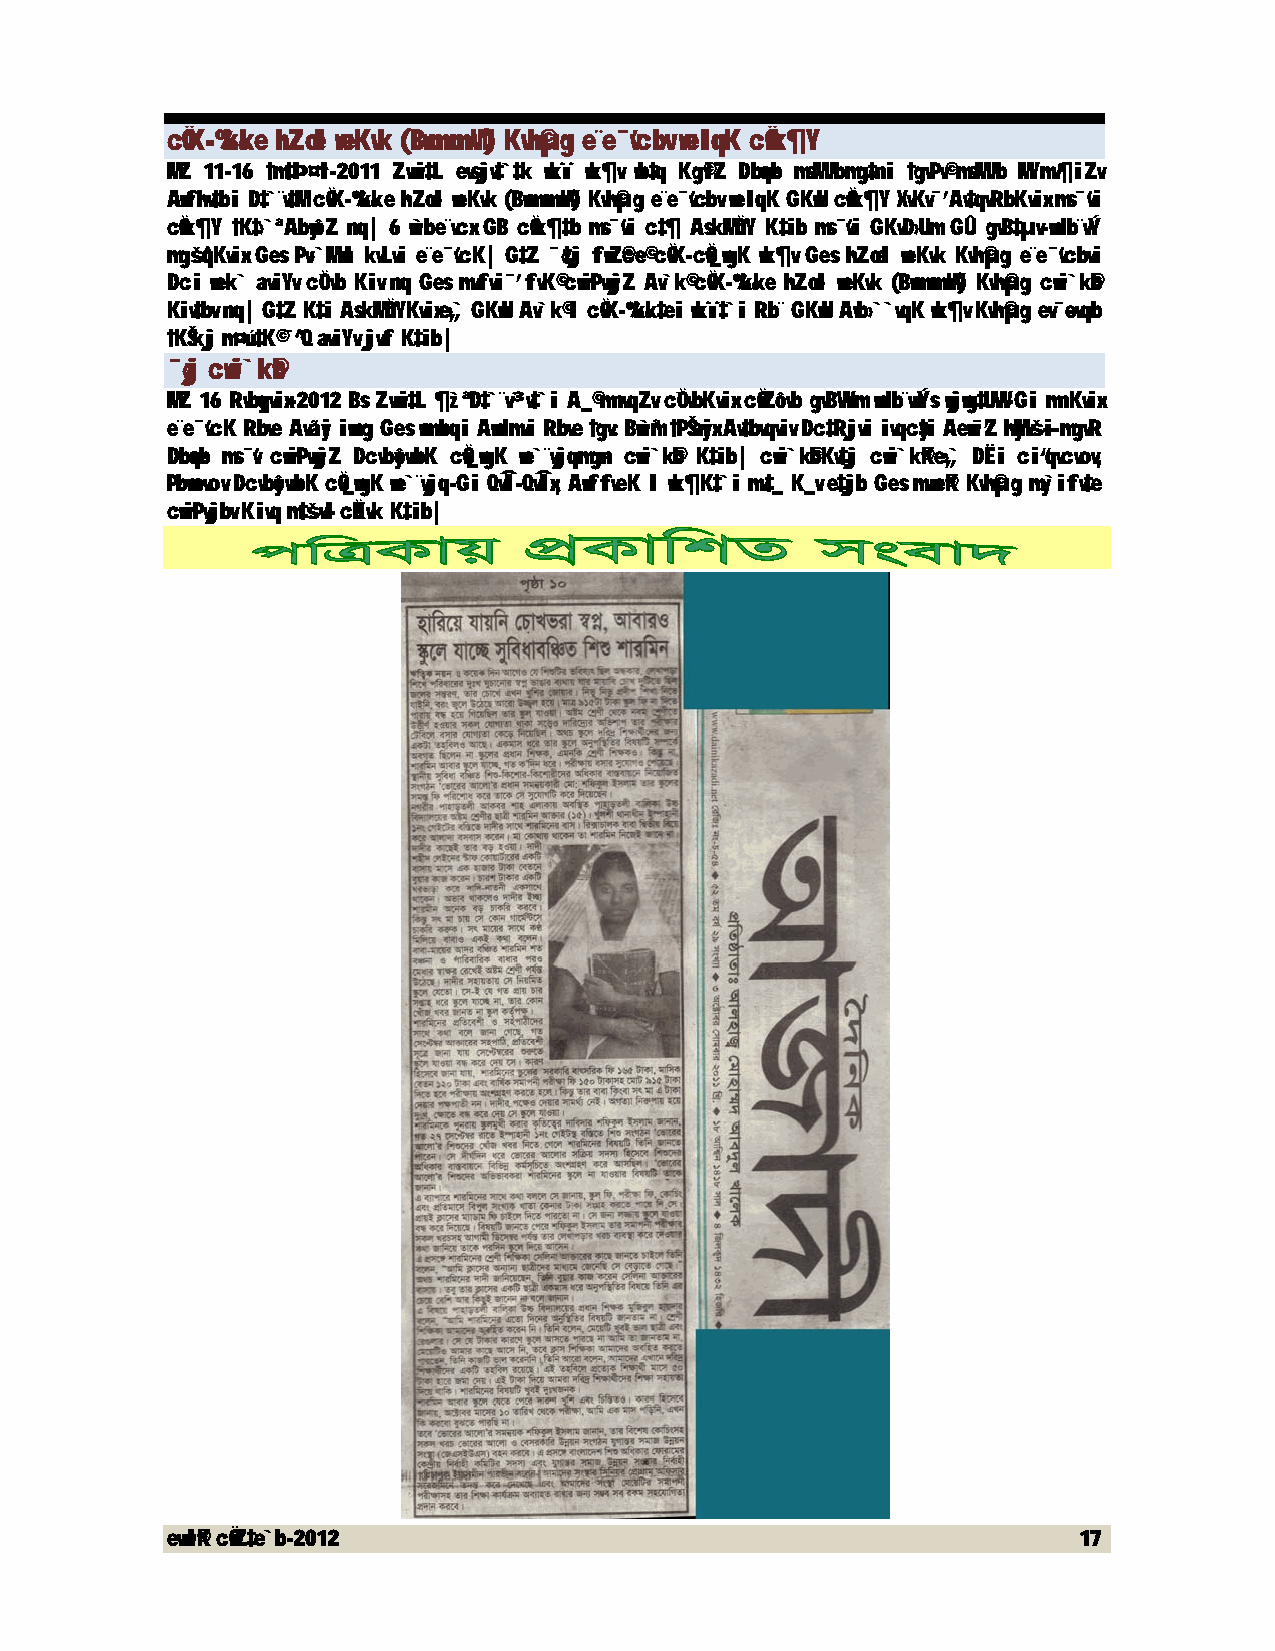
cÖvK-‰kke hZœ I weKvk (BwmwmwW) Kvh©µg e¨e¯’vcbv welqK cÖwk¶Y
 MZ 11-16 †m‡Þ¤^i-2011 Zvwi‡L evsjv‡`‡k wkï wk¶v wb‡q Kg©iZ Dbœqb msMVbmg~‡ni †gvPv© msMVb MYmv¶iZv
 Awfhv‡bi D‡`¨v‡M cÖvK-‰kke hZœ I weKvk (BwmwmwW) Kvh©µg e¨e¯’vcbv welqK GKwU cÖwk¶Y XvKv¯’ Av‡qvRbKvix ms¯’vi
 cÖwk¶Y †K‡›`ª AbywôZ nq| 6 w`be¨vcx GB cÖwk¶‡b ms¯’vi c‡¶ AskMnÖ Y K‡ib ms¯v’i GKvD›Um GÛ gvB‡µv-wdb¨vÝ
 mgš^qKvix Ges Pv›`MvuI kvLvi e¨e¯’vcK| G‡Z ¯‹z‡j fwZ©c~e© cÖvK-cÖv_wgK wk¶v Ges hZœ I weKvk Kvh©µg e¨e¯’vcbvi
 Dci wek` aviYv cÖ`vb Kiv nq Ges mvfvi¯’ fvK© cwiPvwjZ Av`k© cÖvK-‰kke hZœ I weKvk (BwmwmwW) Kvh©µg cwi`k©b
 Kiv‡bv nq| G‡Z K‡i AskMÖnYKvixe„›` GKwU Av`k© I cÖvK-‰kk‡ei wkï‡`i Rb¨ GKwU Avb›``vqK wk¶v Kvh©µg ev¯—evqb
 †KŠkj m¤ú‡K© ¯^”Q aviYv jvf K‡ib|
 ¯‹zj cwi`k©b
 MZ 16 Rvbyqvix-2012 Bs Zvwi‡L ¶`z ª D‡`¨v³v‡`i A_© mnvqZv cÖ`vbKvix cÖwZôvb gvBWvm wdb¨vwÝs wjwg‡UW-Gi mnKvix
 e¨e¯v’cK Rbve Avãyi iwng Ges wmwbqi Awdmvi Rbve †gv: Bw`ªm †PŠaiy x Av‡bvqviv Dc‡Rjvi ivqc‡y i Aew¯Z’ hMy vši— mgvR
 Dbœqb ms¯’v cwiPvwjZ DcvbyôvwbK cÖv_wgK we`¨vjqmg~n cwi`k©b K‡ib| cwi`k©bKv‡j cwi`k©Ke„›` DËi ci“qvcvov,
 Pzbœvcvov DcvbyôvwbK cÖv_wgK we`¨vjq-Gi QvÎ-QvÎx, AwffveK I wk¶K‡`i mv‡_ K_v e‡jb Ges mvwe©K Kvh©µg my›`ifv‡e
 cwiPvjbv Kivq m‡šv—l cKÖ vk K‡ib|
 evwl©K cÖwZ‡e`b-2012                                        17